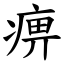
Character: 痹